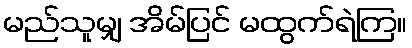
မည်သူမျှ အိမ်ပြင် မထွက်ရဲကြ။